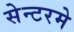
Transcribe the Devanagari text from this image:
सेन्टरमे